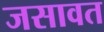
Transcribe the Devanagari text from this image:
जसावत